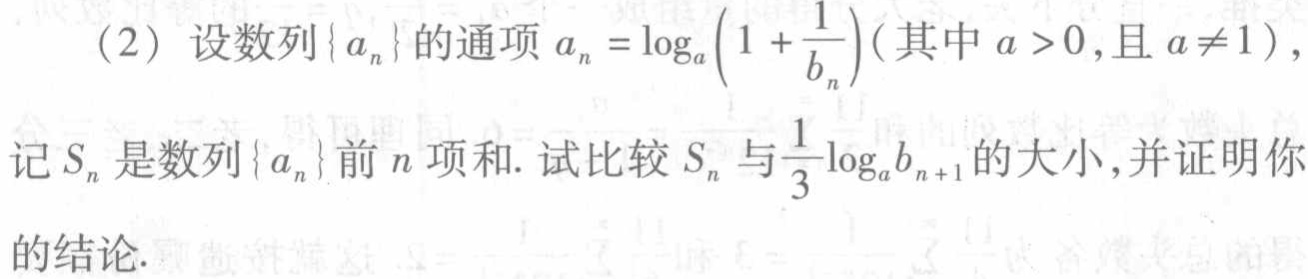
(2) 设数列\(\{ a_{n}\}\)的通项\(a_{n}=\log_{a}\left(1 + \dfrac{1}{b_{n}}\right)\)(其中\(a > 0\),且\(a\neq 1\))，

记\(S_{n}\)是数列\(\{ a_{n}\}\)前\(n\)项和. 试比较\(S_{n}\)与\(\dfrac{1}{3}\log_{a}b_{n + 1}\)的大小,并证明你的结论.